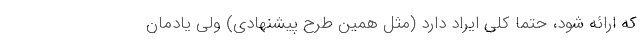
که ارائه شود، حتماً کلی ایراد دارد (مثل همین طرح پیشنهادی) ولی یادمان